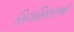
સિલસિલાઓ